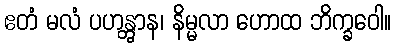
ဧတံ မလံ ပဟန္တွာန၊ နိမ္မလာ ဟောထ ဘိက္ခဝေါ။